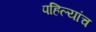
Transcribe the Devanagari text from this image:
पहिल्यांच